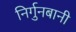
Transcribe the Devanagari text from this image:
निर्गुनबानी